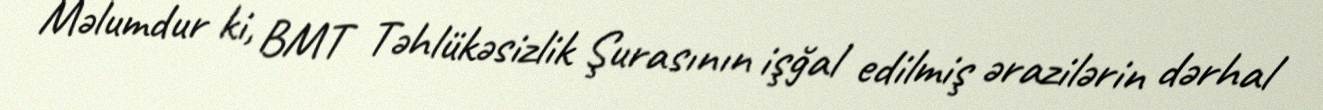
Məlumdur ki, BMT Təhlükəsizlik Şurasının işğal edilmiş ərazilərin dərhal